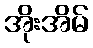
အိုးအိမ်